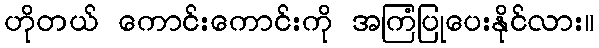
ဟိုတယ် ကောင်းကောင်းကို အကြံပြုပေးနိုင်လား။